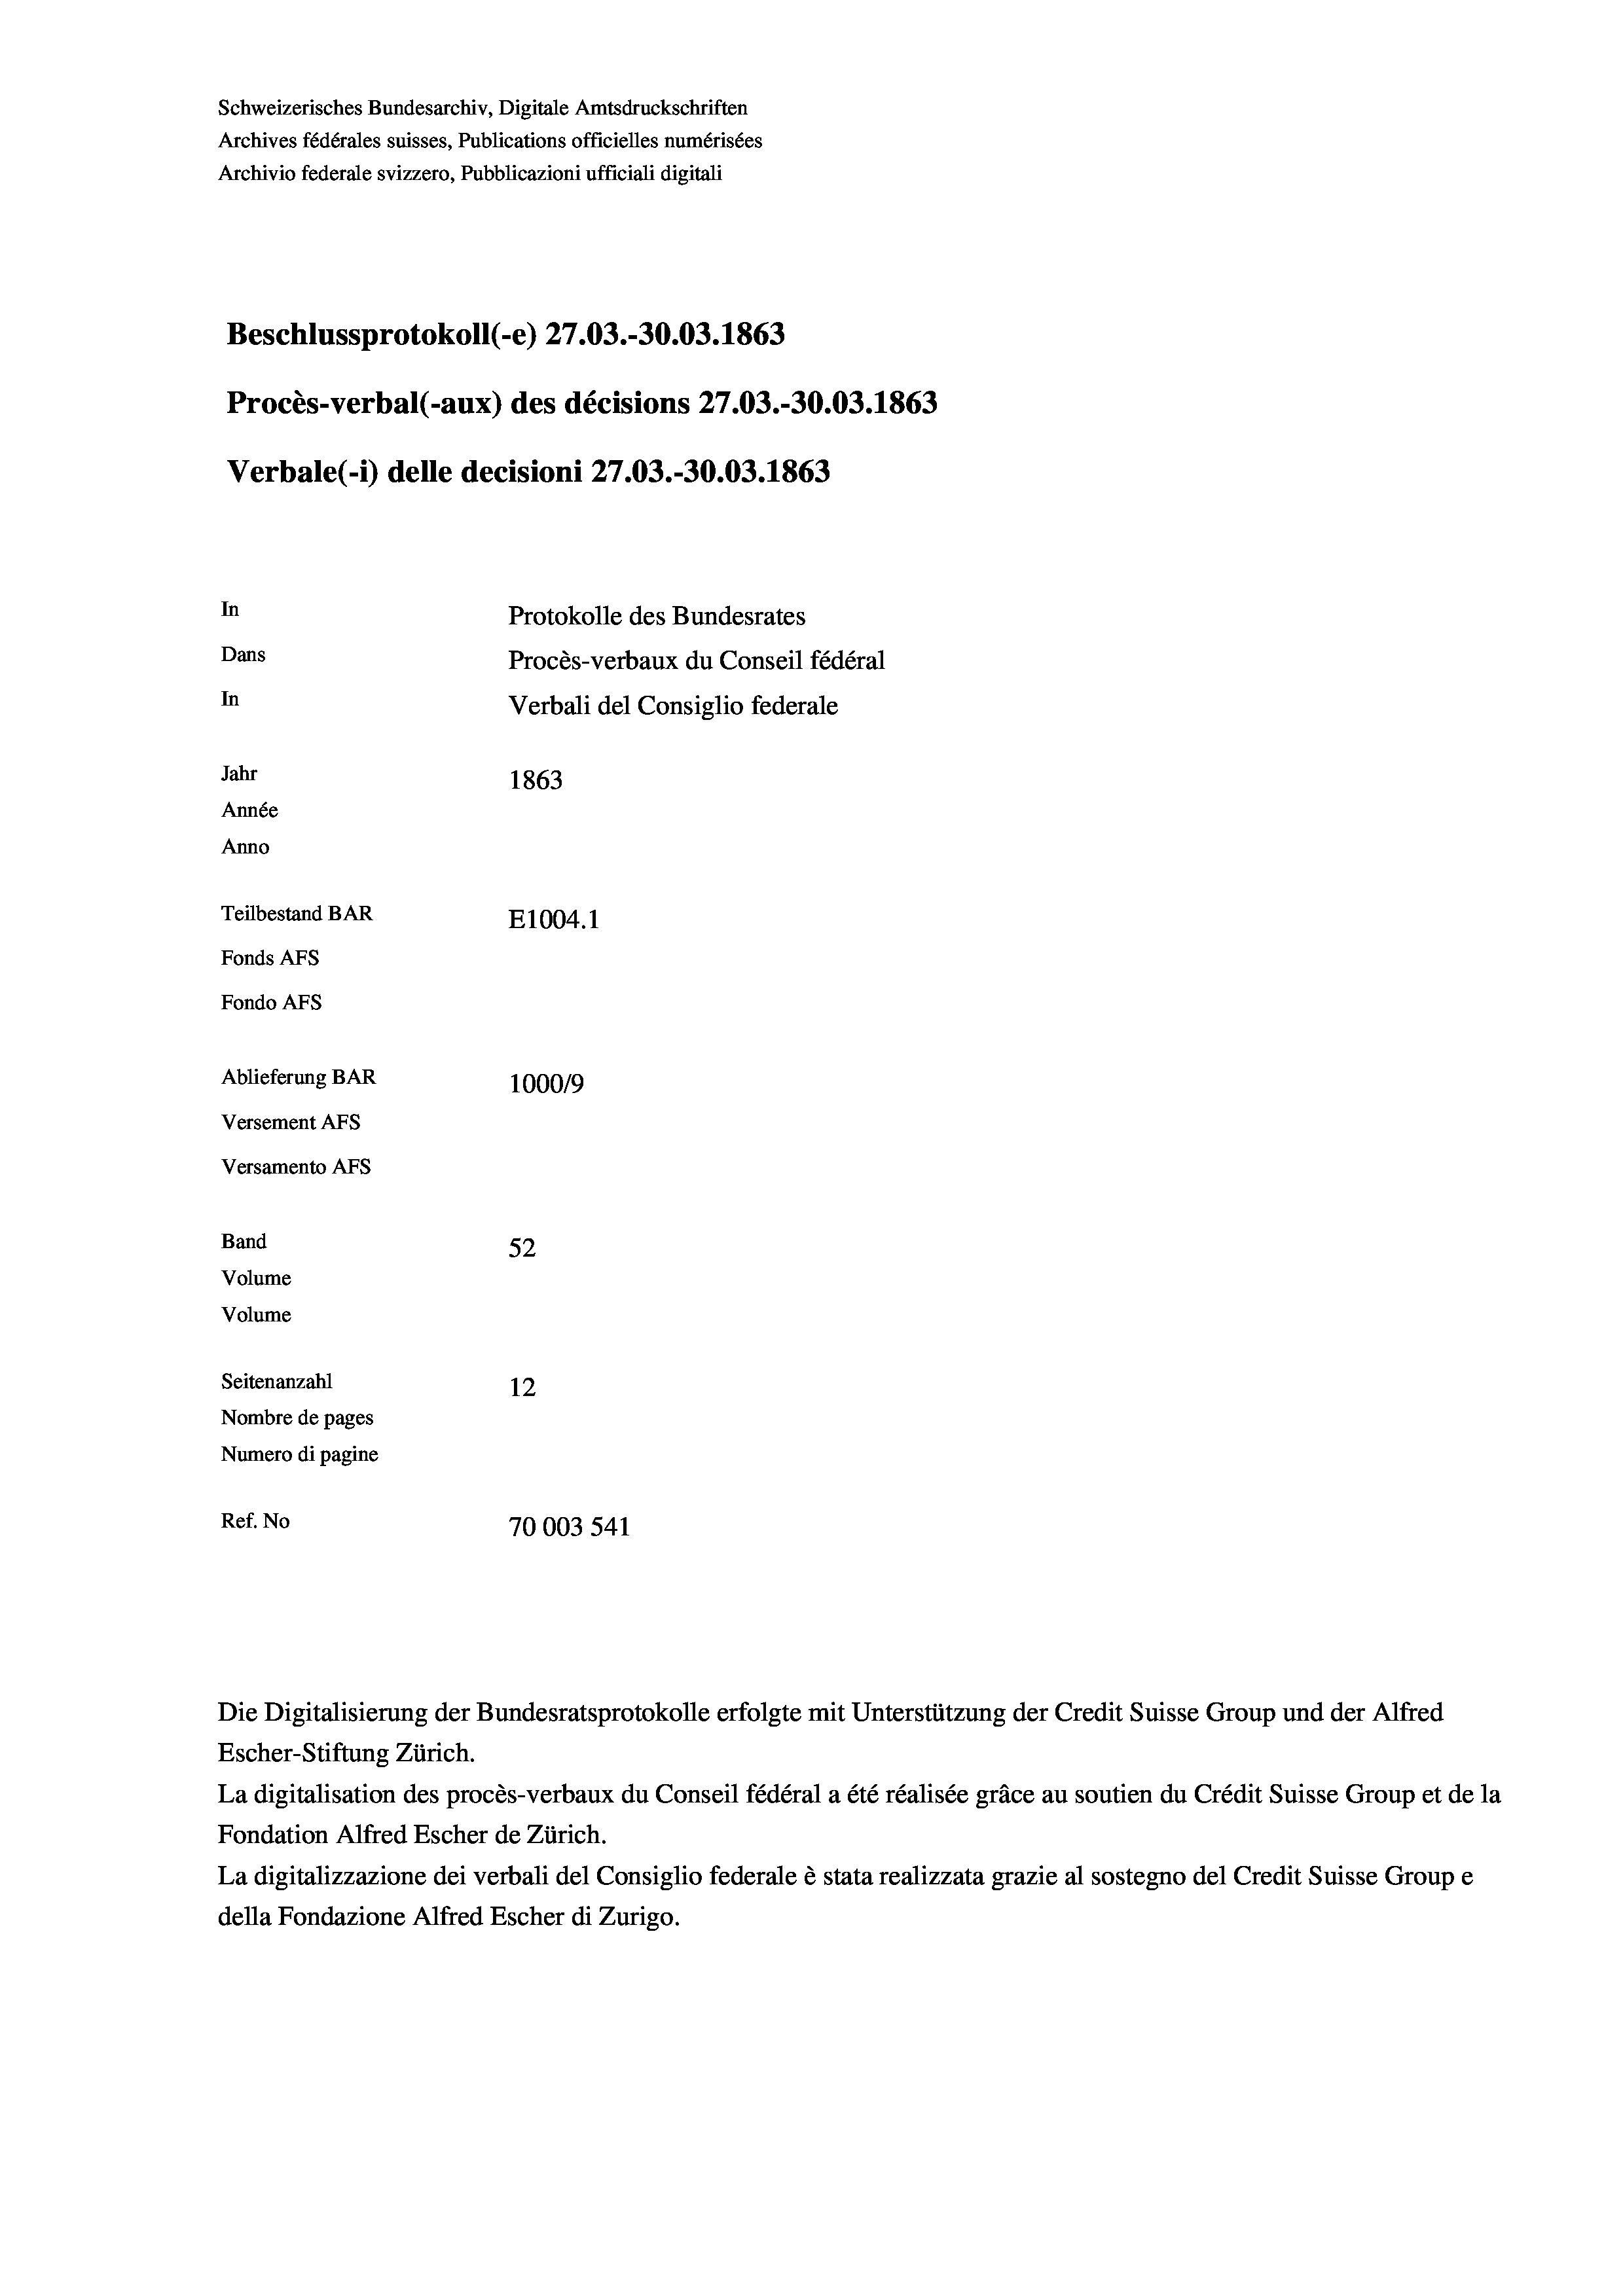
Beschlussprotokoll (-e) 27.03.-30.03. 1863
Procès-verbal (-aux) des décisions 27.03.-30.03. 1863
In
Protokolle des Bundesrates
Dans
Procès-verbaux du Conseil fédéral
In
Jahr
1863
Année
Anno
Teilbestand BAR
E1004. 1
Fonds AFs
Fondo AFs
Ablieferung BAR
100019
Versement AFs
Versamento Afs
Band
52
Volume
Volume
Seitenanzahl
12
Nombre de pages
Numero di pagine
Ref. No
70003 541

Die Digitalisierung der Bundesratsprotokolle erfolgte mit Unterstützung der Credit Suisse Group und der Alfred
Escher-Stiftung Zürich.
La digitalisation des procès-verbaux du Conseil fédéral a été réalisée gräce au soutien du Crédit Suisse Group et de la
Fondation Alfred Escher de Zürich.
La digitalizzazione dei verbali del Consiglio federale è stata realizzata grazie al sostegno del Credit Suisse Groupe
della Fondazione Alfred Escher di Zurigo.

Schweizerisches Bundesarchiv, Digitale Amtsdruckschriften
Archives fédérales suisses, Publications officielles numérisées
Archivio federale svizzero, Pubblicazioni ufficiali digitali

Verbale (i) delle decisioni 27.03.-30.03. 1863

Verbali del Consiglio federale